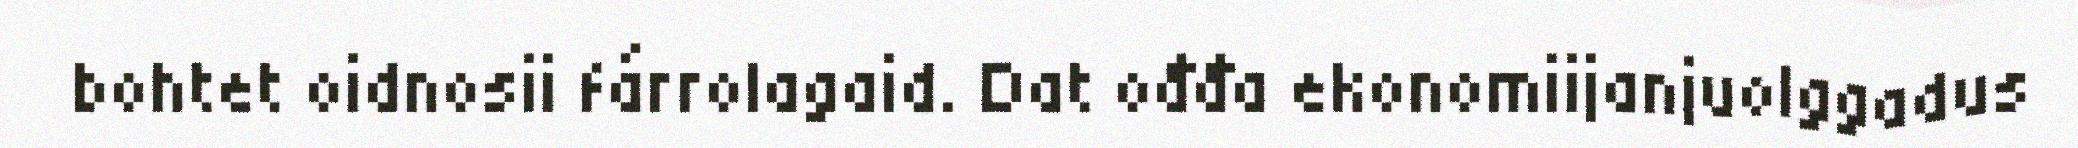
bohtet oidnosii fárrolagaid. Dat ođđa ekonomiijanjuolggadus